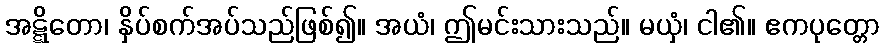
အဋ္ဋိတော၊ နှိပ်စက်အပ်သည်ဖြစ်၍။ အယံ၊ ဤမင်းသားသည်။ မယှံ၊ ငါ၏။ ဧကပုတ္တော